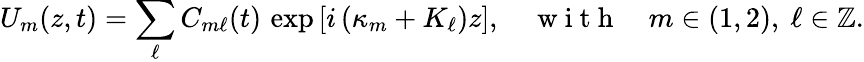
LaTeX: U_{m}(z,t)=\sum_{\ell}C_{m\ell}(t)\, \exp\left[i\left(\kappa_{m}+K_{\ell}\right)z\right],\quad\mathrm{~w~i~t~h~}\quad m\in(1,2),~\ell\in\mathbb{Z}.